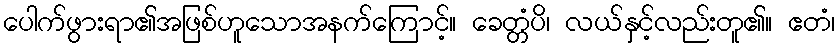
ပေါက်ဖွားရာ၏အဖြစ်ဟူသောအနက်ကြောင့်။ ခေတ္တံပိ၊ လယ်နှင့်လည်းတူ၏။ ဧတံ၊